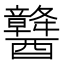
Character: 䤗